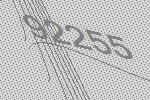
92255